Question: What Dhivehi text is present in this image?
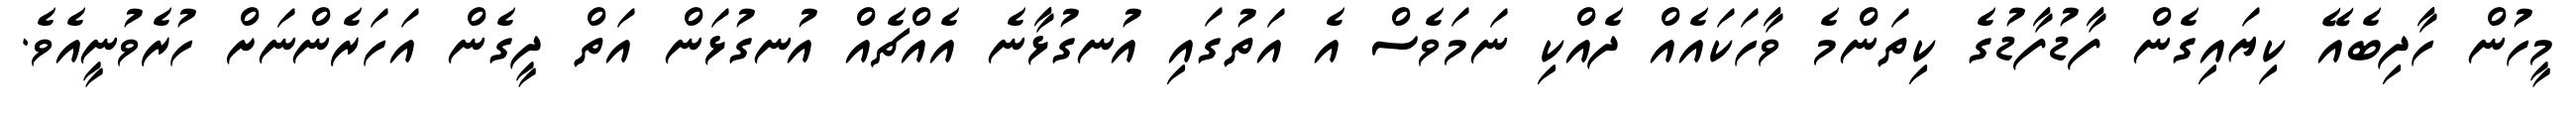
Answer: މީހުން ހާދިބެއޭ ކިޔައިގެން ފާޑުފާޑުގެ ކިތަންމެ ވާހަކައެއް ދެއްކި ނަމަވެސް އެ އަތުގައި އުނގުޅާނެ އެއްޗެއް އުނގުޅަން އަތް ދީގެން އަހަރެންނަށް ހުރެވުނީއެވެ.